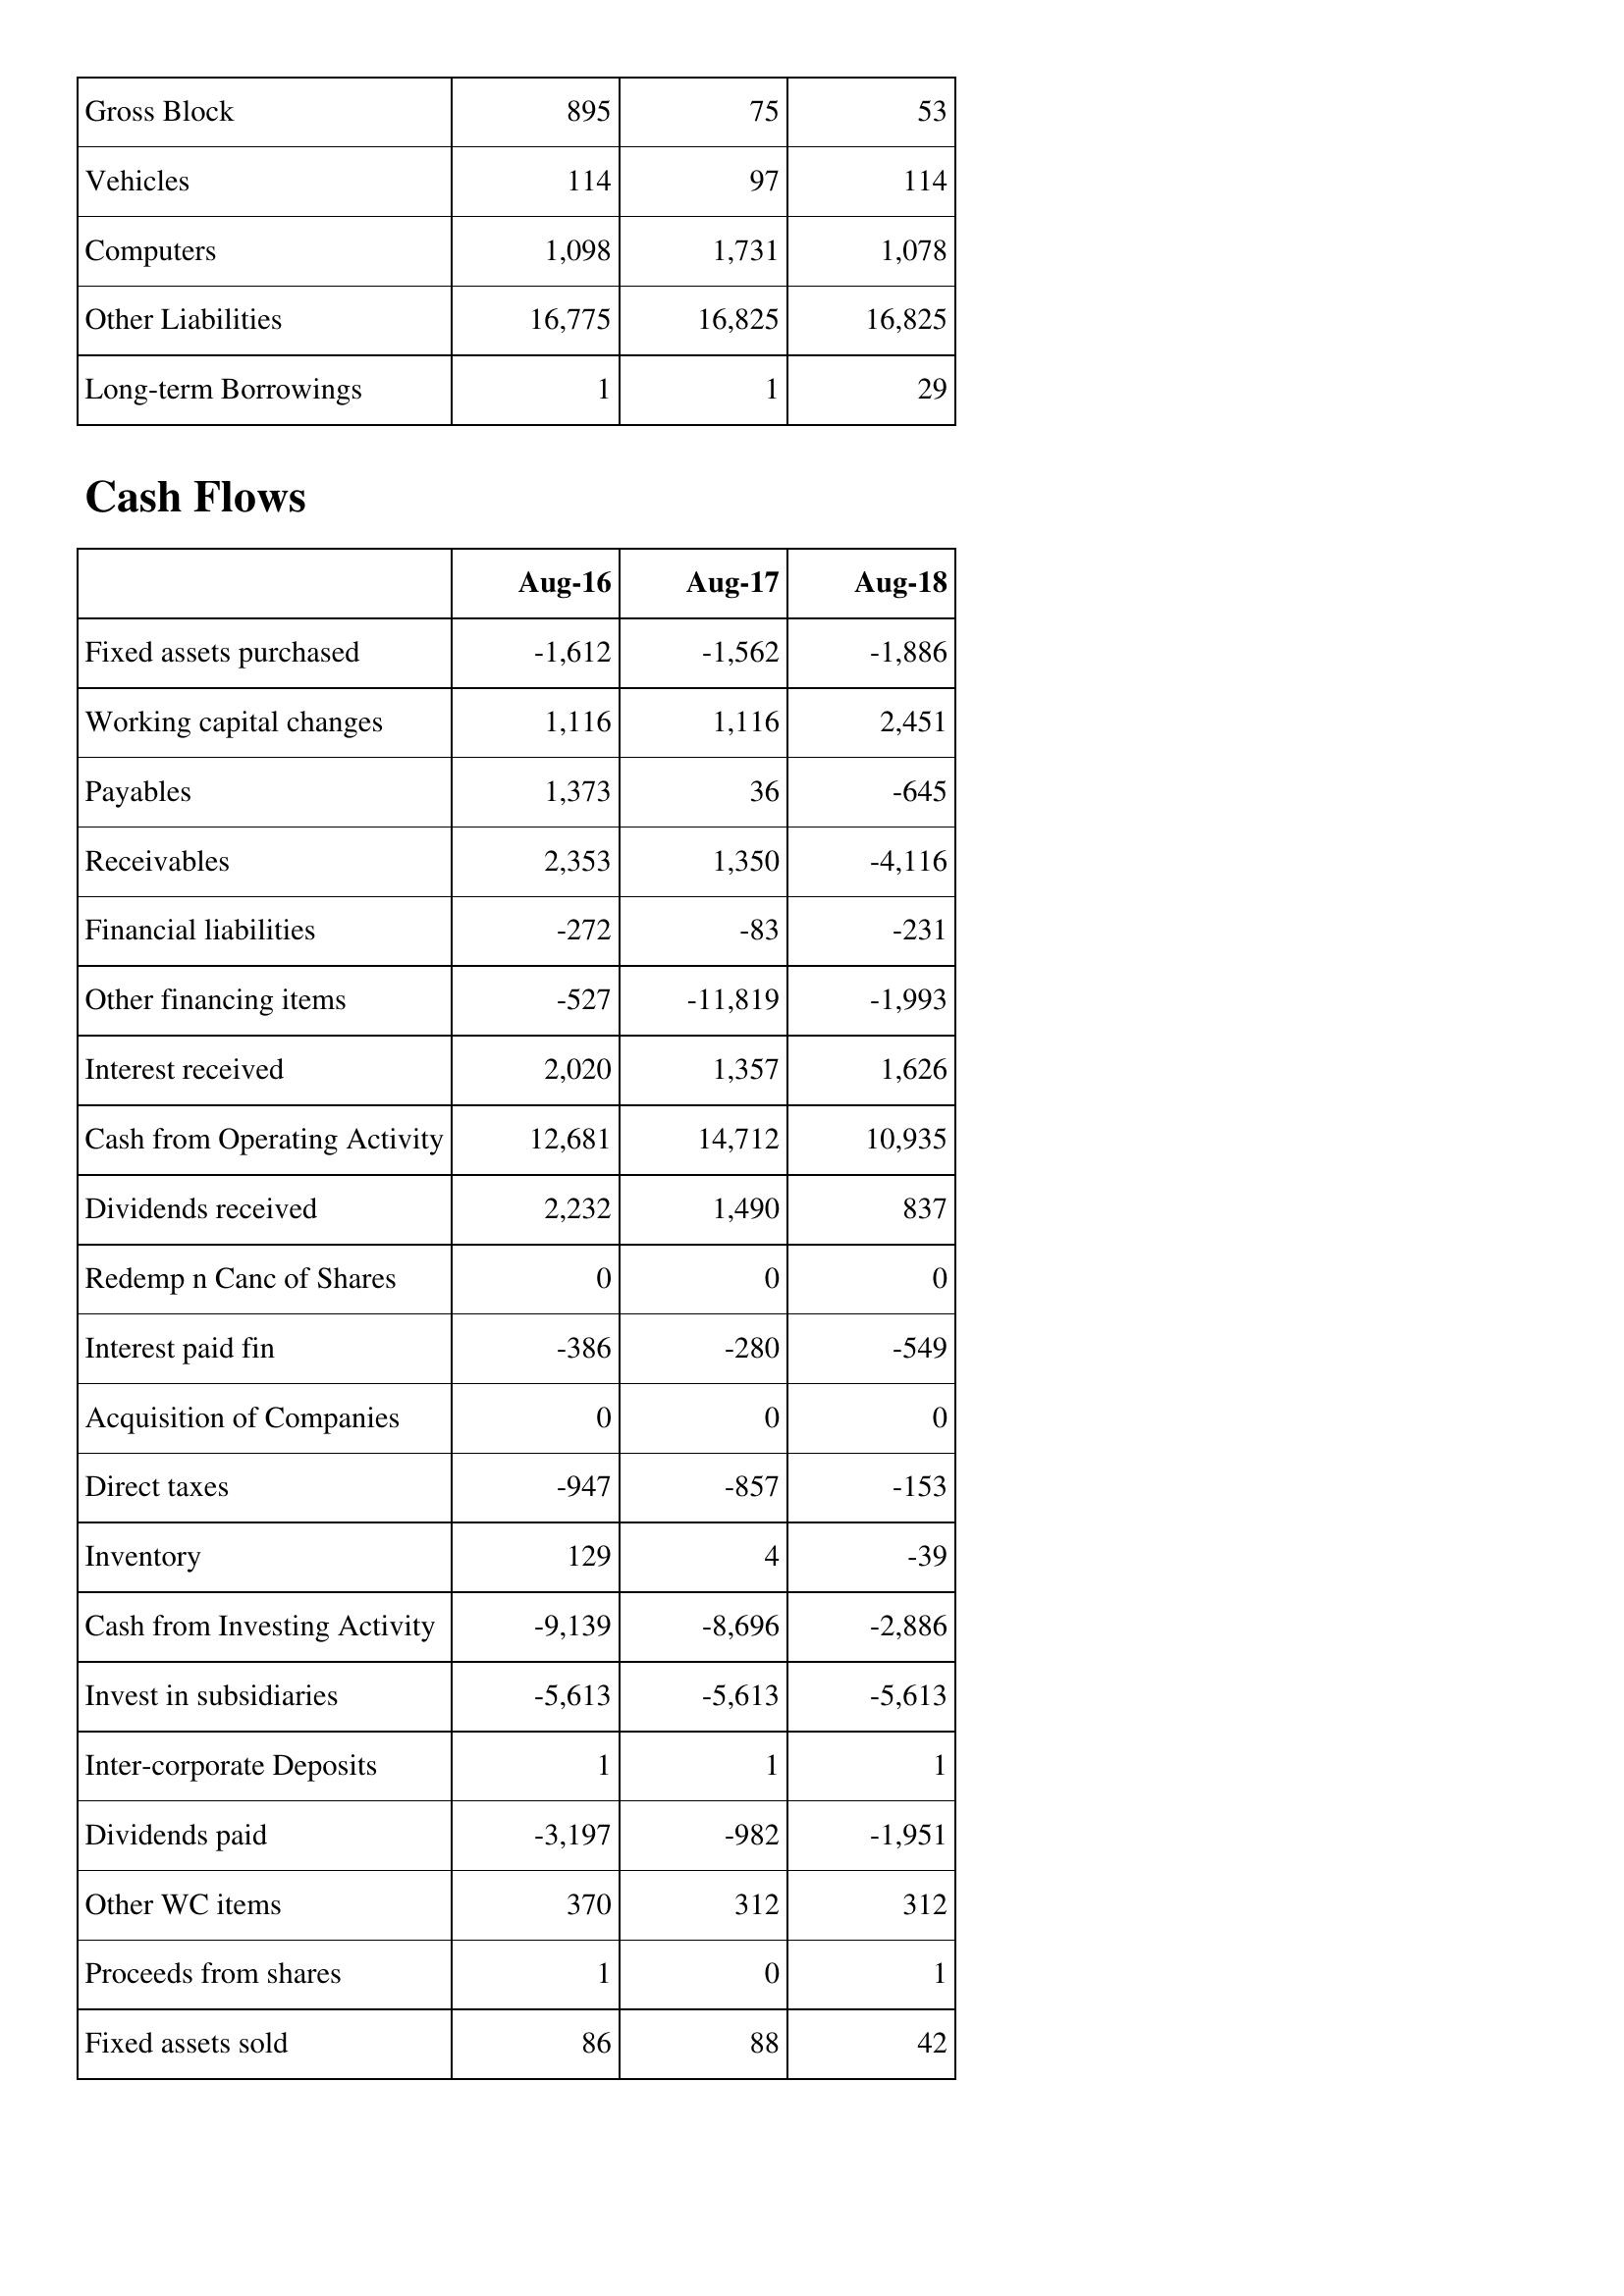
Aug-16: Balance Sheet: Gross Block: 895
Vehicles: 114
Computers: 1,098
Other Liabilities: 16,775
Long-term Borrowings: 1
Cash Flows: Fixed assets purchased: -1,612
Working capital changes: 1,116
Payables: 1,373
Receivables: 2,353
Financial liabilities: -272
Other financing items: -527
Interest received: 2,020
Cash from Operating Activity: 12,681
Dividends received: 2,232
Redemp n Canc of Shares: 0
Interest paid fin: -386
Acquisition of Companies: 0
Direct taxes: -947
Inventory: 129
Cash from Investing Activity: -9,139
Invest in subsidiaries: -5,613
Inter-corporate Deposits: 1
Dividends paid: -3,197
Other WC items: 370
Proceeds from shares: 1
Fixed assets sold: 86
Aug-17: Balance Sheet: Gross Block: 75
Vehicles: 97
Computers: 1,731
Other Liabilities: 16,825
Long-term Borrowings: 1
Cash Flows: Fixed assets purchased: -1,562
Working capital changes: 1,116
Payables: 36
Receivables: 1,350
Financial liabilities: -83
Other financing items: -11,819
Interest received: 1,357
Cash from Operating Activity: 14,712
Dividends received: 1,490
Redemp n Canc of Shares: 0
Interest paid fin: -280
Acquisition of Companies: 0
Direct taxes: -857
Inventory: 4
Cash from Investing Activity: -8,696
Invest in subsidiaries: -5,613
Inter-corporate Deposits: 1
Dividends paid: -982
Other WC items: 312
Proceeds from shares: 0
Fixed assets sold: 88
Aug-18: Balance Sheet: Gross Block: 53
Vehicles: 114
Computers: 1,078
Other Liabilities: 16,825
Long-term Borrowings: 29
Cash Flows: Fixed assets purchased: -1,886
Working capital changes: 2,451
Payables: -645
Receivables: -4,116
Financial liabilities: -231
Other financing items: -1,993
Interest received: 1,626
Cash from Operating Activity: 10,935
Dividends received: 837
Redemp n Canc of Shares: 0
Interest paid fin: -549
Acquisition of Companies: 0
Direct taxes: -153
Inventory: -39
Cash from Investing Activity: -2,886
Invest in subsidiaries: -5,613
Inter-corporate Deposits: 1
Dividends paid: -1,951
Other WC items: 312
Proceeds from shares: 1
Fixed assets sold: 42